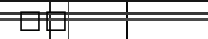
٤١